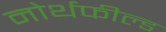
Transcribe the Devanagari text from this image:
नोर्थफील्ड